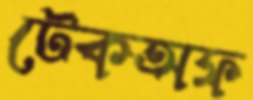
টেকঅফ